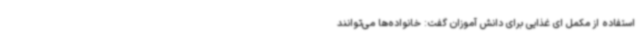
استفاده از مکمل ‌ای غذایی برای دانش آموزان گفت: خانواده‌ها می‌توانند